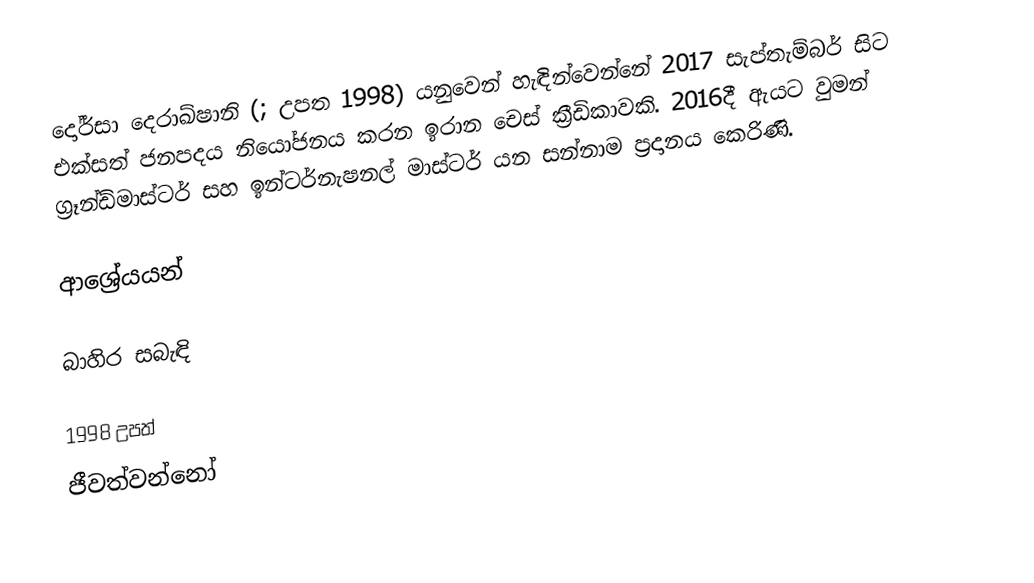
දෝර්සා දෙරාඛ්ෂානි (; උපත 1998) යනුවෙන් හැඳින්වෙන්නේ 2017 සැප්තැම්බර් සිට එක්සත් ජනපදය නියෝජනය කරන ඉරාන චෙස් ක්‍රීඩිකාවකි. 2016දී ඇයට වුමන් ග්‍රෑන්ඩ්මාස්ටර් සහ ඉන්ටර්නැෂනල් මාස්ටර් ‍යන සන්නාම ප්‍රදානය කෙරිණි.

ආශ්‍රේයයන්

බාහිර සබැඳි

1998 උපත්
ජීවත්වන්නෝ